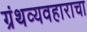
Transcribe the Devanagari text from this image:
ग्रंथव्यवहाराचा